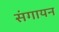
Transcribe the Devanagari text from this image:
संगायन